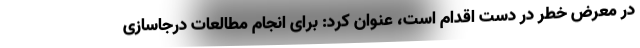
در معرض خطر در دست اقدام است، عنوان کرد: برای انجام مطالعات درجاسازی